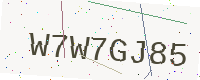
Text: W7W7GJ85